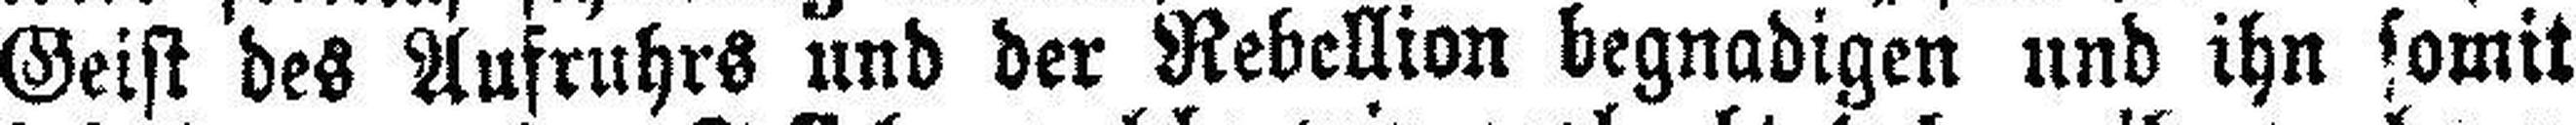
Geist des Aufruhrs und der Rebellion begnadigen und ihn somit